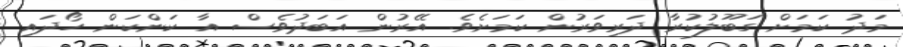
މަދު ކަމަށް ގަބޫލުކުރާ ދަރިވަރުން ކަމަށެވެ. އޭރުން އަބަދުވެސް އާ ކަންކަން ހޯދައި